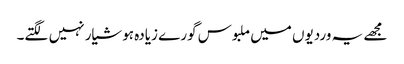
مجھے یہ وردیوں میں ملبوس گورے زیادہ ہوشیار نہیں لگتے۔